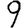
Digit: 9